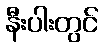
နီးပါးတွင်